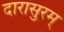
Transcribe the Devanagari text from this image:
दारासुरम्